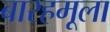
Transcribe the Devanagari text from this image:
बारहमूला